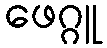
ဖေဂ္ဂူ